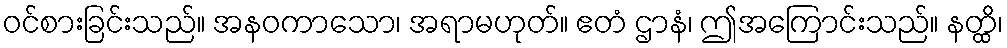
ဝင်စားခြင်းသည်။ အနဝကာသော၊ အရာမဟုတ်။ ဧတံ ဌာနံ၊ ဤအကြောင်းသည်။ နတ္ထိ၊